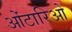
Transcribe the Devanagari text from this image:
ओंटारिओ